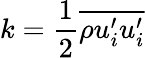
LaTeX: k=\frac{1}{2}\overline{{\rho u_{i}^{\prime}u_{i}^{\prime}}}